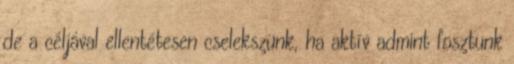
de a céljával ellentétesen cselekszünk, ha aktív admint fosztunk